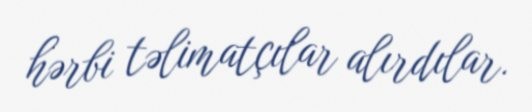
hərbi təlimatçılar alırdılar.